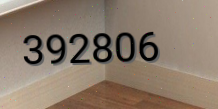
392806